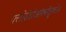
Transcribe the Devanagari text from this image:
फ्लोरोडीऑक्सीग्लूकोज़